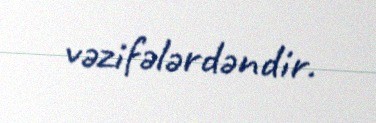
vəzifələrdəndir.